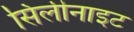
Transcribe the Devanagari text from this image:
सिलीनाइट